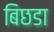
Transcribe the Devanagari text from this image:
बिछडा